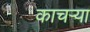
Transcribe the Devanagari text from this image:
काचऱ्या